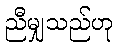
ညီမျှသည်ဟု